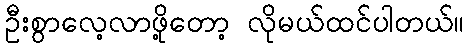
ဦးစွာလေ့လာဖို့တော့ လိုမယ်ထင်ပါတယ်။